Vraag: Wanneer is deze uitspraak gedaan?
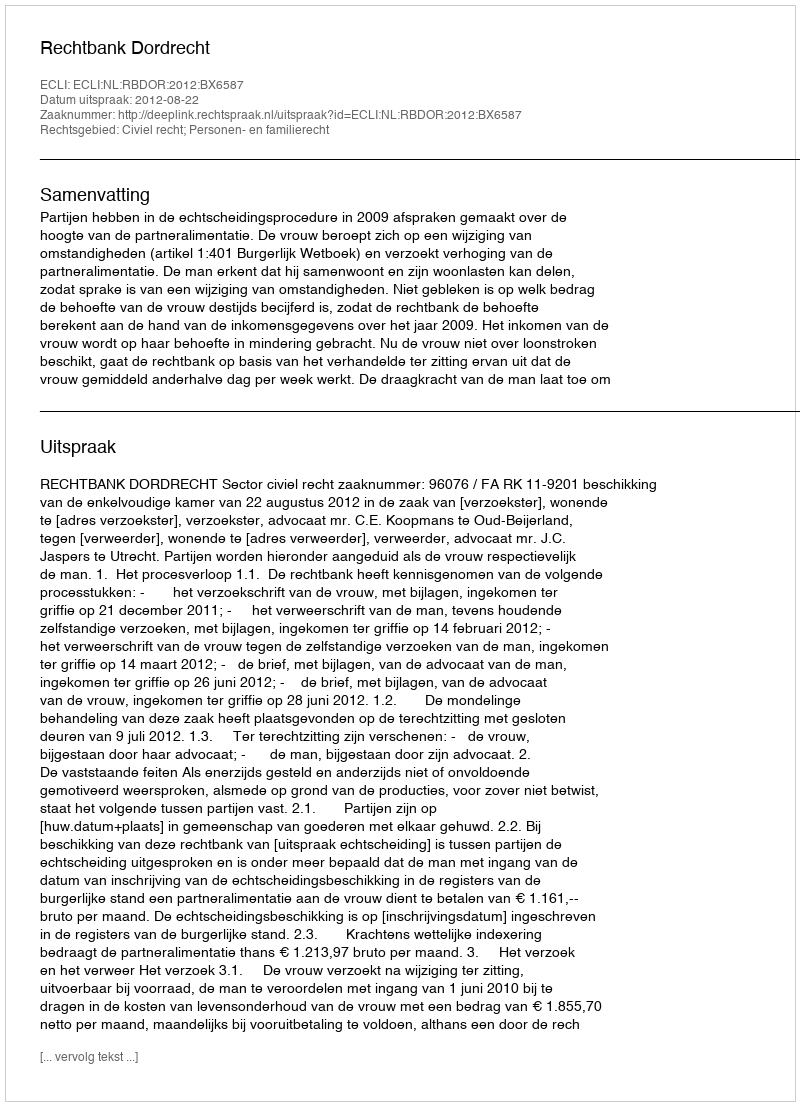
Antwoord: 2012-08-22